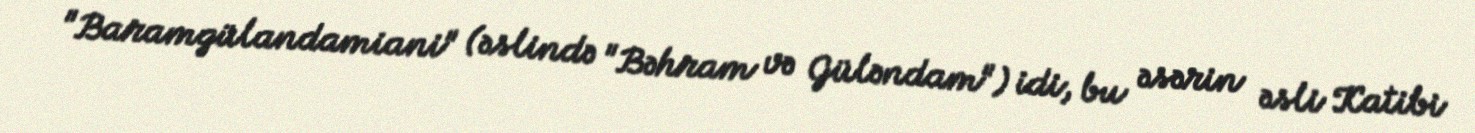
"Baramgülandamiani" (əslində "Bəhram və Güləndam") idi, bu əsərin əsli Katibi